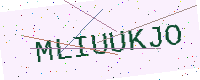
Text: MLIUUKJO